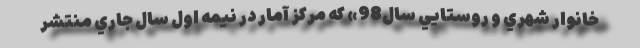
خانوار شهري و روستايي سال98» كه مركز آمار در نيمه اول سال جاري منتشر